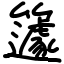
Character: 籧